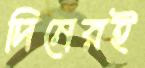
দিনেরই